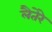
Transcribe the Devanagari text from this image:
लैतेरे